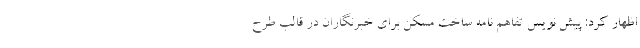
اظهار کرد: پیش نویس تفاهم نامه ساخت مسکن برای خبرنگاران در قالب طرح